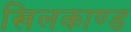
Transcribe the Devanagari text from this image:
खिलकाण्ड